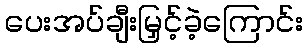
ပေးအပ်ချီးမြှင့်ခဲ့ကြောင်း